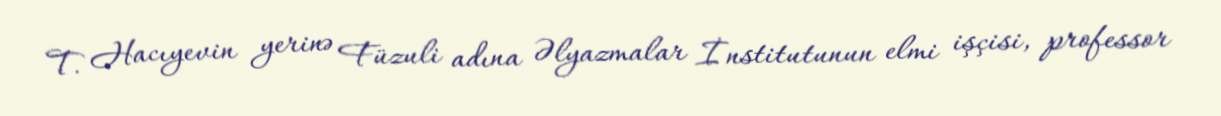
T. Hacıyevin yerinə Füzuli adına Əlyazmalar İnstitutunun elmi işçisi, professor